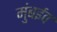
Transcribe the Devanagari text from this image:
मुंबईव